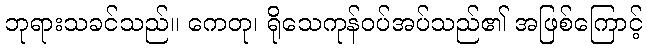
ဘုရားသခင်သည်။ ကေတု၊ ရိုသေကုန်ဝပ်အပ်သည်၏ အဖြစ်ကြောင့်